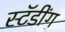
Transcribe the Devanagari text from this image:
स्टॅडींग